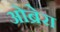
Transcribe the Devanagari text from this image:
ओब्रेरा